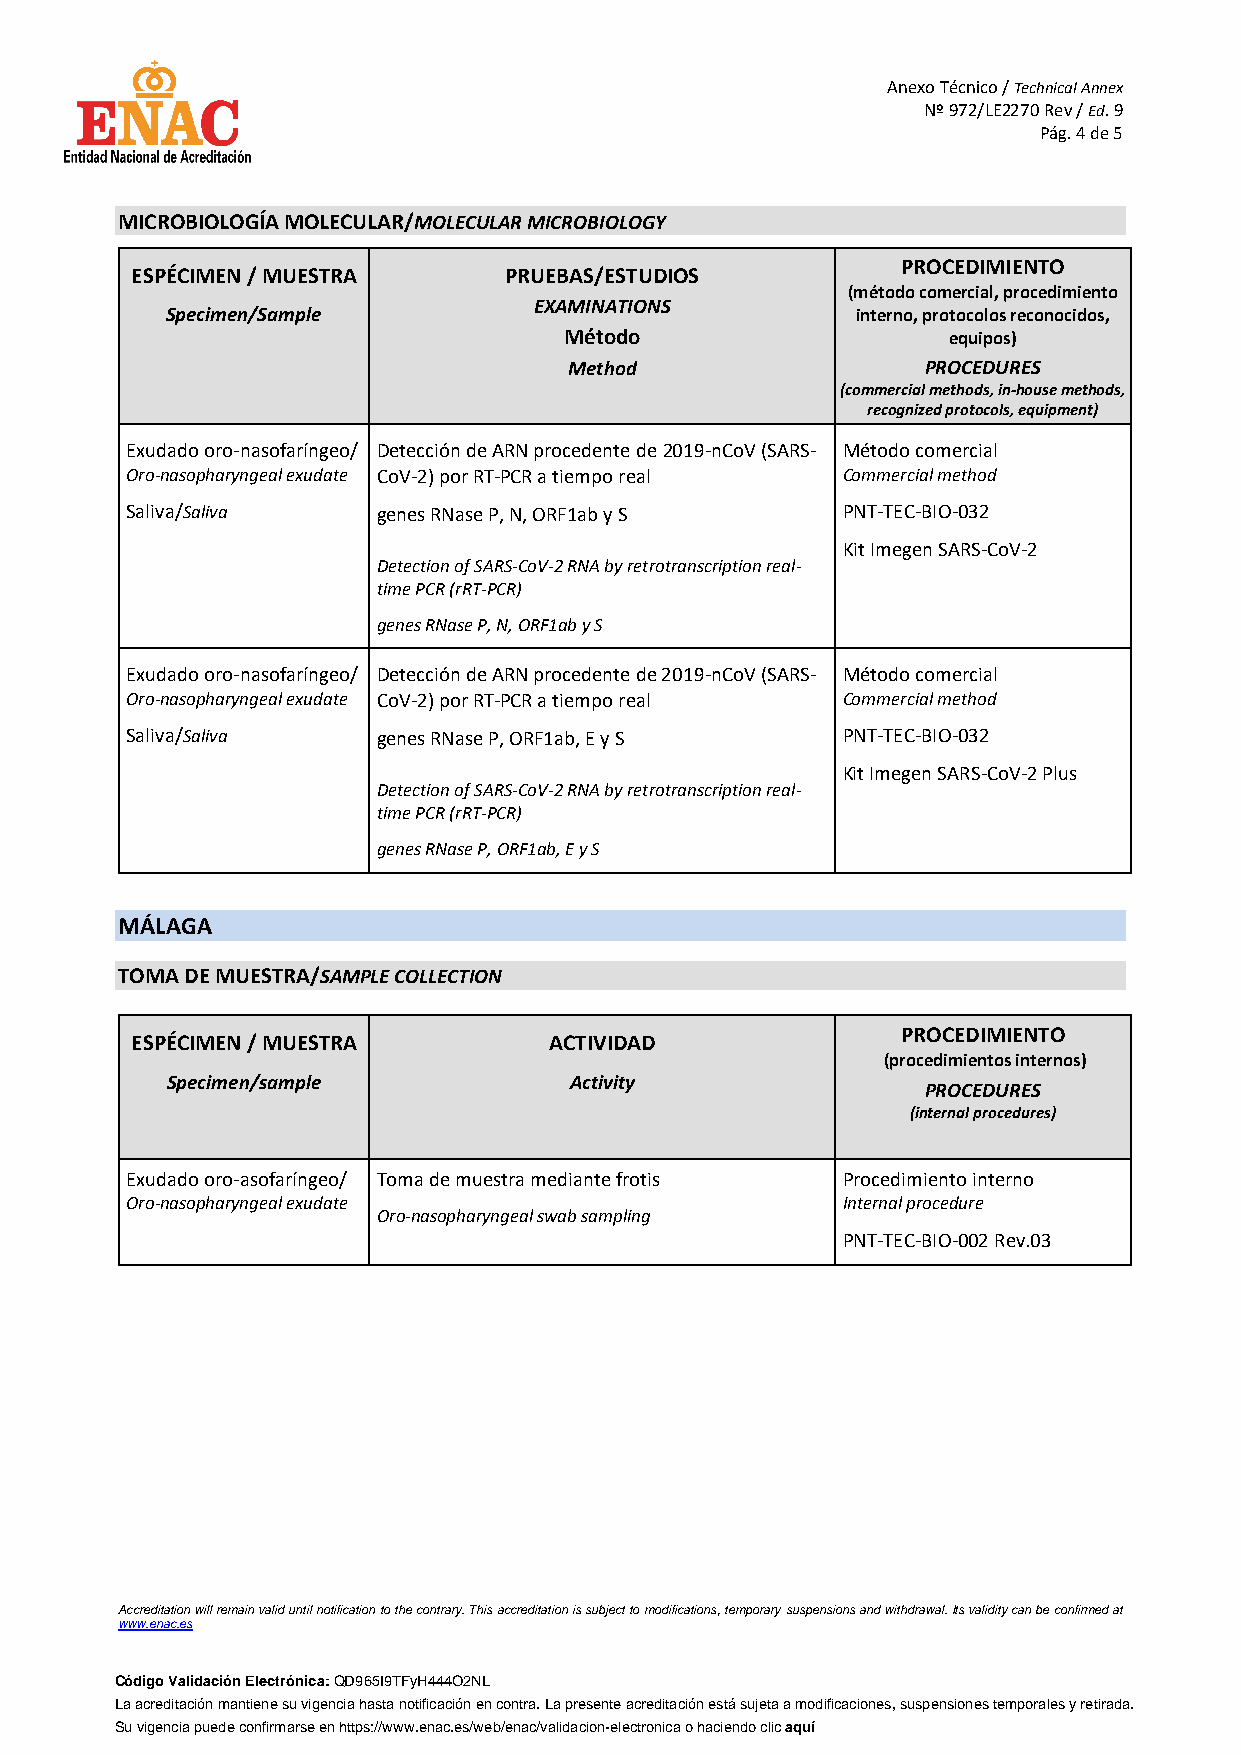
Anexo Técnico / Technical Annex
 Nº 972/LE2270 Rev / Ed. 9
 Pág. 4 de 5
 MICROBIOLOGÍA MOLECULAR/MOLECULAR MICROBIOLOGY
 PROCEDIMIENTO
 ESPÉCIMEN / MUESTRA     PRUEBAS/ESTUDIOS
 (método comercial, procedimiento
 EXAMINATIONS
 Specimen/Sample                               interno, protocolos reconocidos,
 Método                    equipos)
 Method                 PROCEDURES
 (commercial methods, in-house methods,
 recognized protocols, equipment)
 Exudado oro-nasofaríngeo/ Detección de ARN procedente de 2019-nCoV (SARS- Método comercial
 Oro-nasopharyngeal exudate CoV-2) por RT-PCR a tiempo real Commercial method
 Saliva/Saliva    genes RNase P, N, ORF1ab y S   PNT-TEC-BIO-032
 Kit Imegen SARS-CoV-2
 Detection of SARS-CoV-2 RNA by retrotranscription real-
 time PCR (rRT-PCR)
 genes RNase P, N, ORF1ab y S
 Exudado oro-nasofaríngeo/ Detección de ARN procedente de 2019-nCoV (SARS- Método comercial
 Oro-nasopharyngeal exudate CoV-2) por RT-PCR a tiempo real Commercial method
 Saliva/Saliva    genes RNase P, ORF1ab, E y S   PNT-TEC-BIO-032
 Kit Imegen SARS-CoV-2 Plus
 Detection of SARS-CoV-2 RNA by retrotranscription real-
 time PCR (rRT-PCR)
 genes RNase P, ORF1ab, E y S
 MÁLAGA
 TOMA DE MUESTRA/SAMPLE COLLECTION
 PROCEDIMIENTO
 ESPÉCIMEN / MUESTRA        ACTIVIDAD
 (procedimientos internos)
 Specimen/sample            Activity
 PROCEDURES
 (internal procedures)
 Exudado oro-asofaríngeo/ Toma de muestra mediante frotis Procedimiento interno
 Oro-nasopharyngeal exudate                      Internal procedure
 Oro-nasopharyngeal swab sampling
 PNT-TEC-BIO-002 Rev.03
 Accreditation will remain valid until notification to the contrary. This accreditation is subject to modifications, temporary suspensions and withdrawal. Its validity can be confirmed at
 www.enac.es
 Código Validación Electrónica: QD965I9TFyH444O2NL
 La acreditación mantiene su vigencia hasta notificación en contra. La presente acreditación está sujeta a modificaciones, suspensiones temporales y retirada.
 Su vigencia puede confirmarse en https://www.enac.es/web/enac/validacion-electronica o haciendo clic aquí